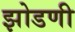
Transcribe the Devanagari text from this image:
झोडणी